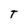
Character: T